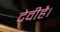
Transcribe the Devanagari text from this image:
देवीहै।